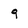
Character: 9